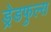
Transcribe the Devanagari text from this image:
ड्रेडफुल्स